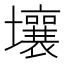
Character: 壤